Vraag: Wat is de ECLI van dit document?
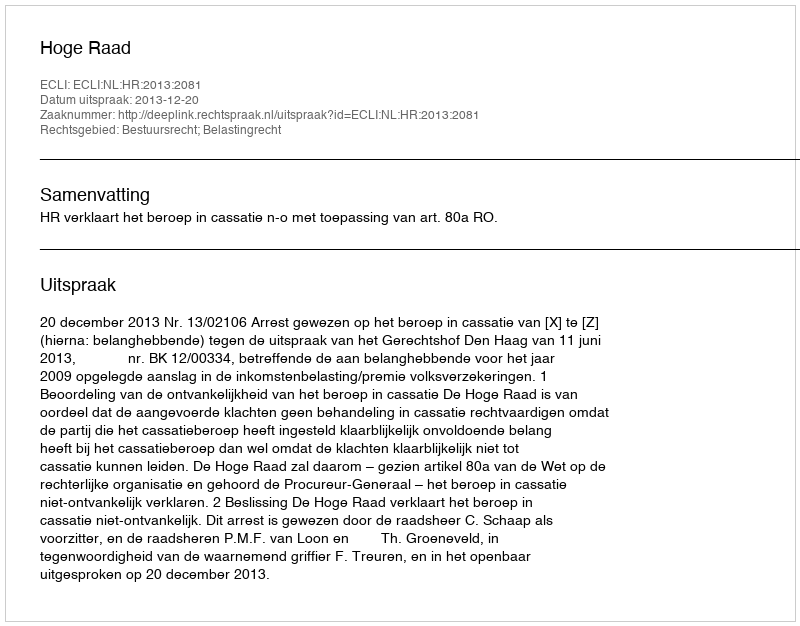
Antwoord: ECLI:NL:HR:2013:2081